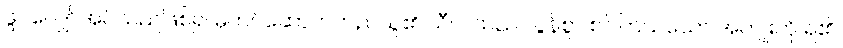
ဖွပ်လျှော်အပ်သည်ဖြစ်၍ ဓုတင်ဆောက်တည်သူ၏ သီလသည် လွန်စွာ စင်ကြယ်သော အကျိုးကို ရ၏၊